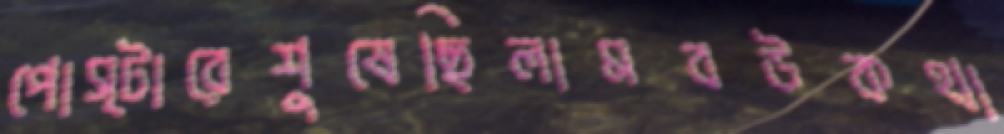
পোস্টারেশুষেছিলামবউকথা